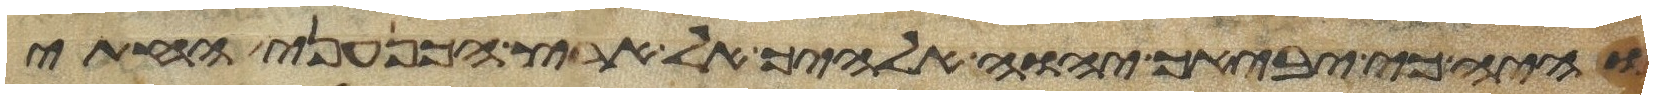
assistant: והיה כי יביאך יהוה אלהיך אל ארץ הכנעני החתי